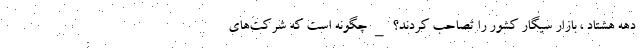
دهه هشتاد ، بازار سیگار کشور را تصاحب کردند؟ _ چگونه است که شرکت‌های